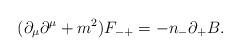
LaTeX: \begin{align*}({\partial}_{\mu}{\partial}^{\mu}+m^2)F_{-+}=-n_-{\partial}_+B. \end{align*}